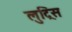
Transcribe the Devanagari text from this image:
लुट्रिस